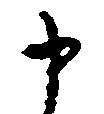
申